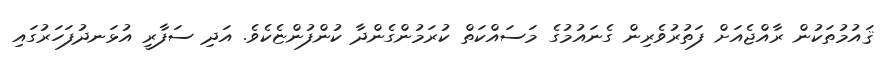
ޤައުމުތަކުން ރާއްޖެއަށް ފަތުރުވެރިން ގެނައުމުގެ މަސައްކަތް ކުރަމުންގެންދާ ކުންފުންޏެކެވެ. އަދި ސަފާރީ އުޅަނދުފަހަރުގައި